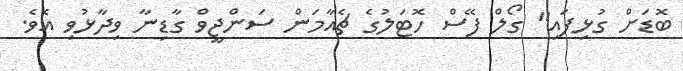
ބޮޑަށް ގުޅިފައި" ގޯލް ފޭސް ހޮޓަލުގެ ޗެއާމަން ސަންޖީވް ގާޑިނާ ވިދާޅުވި އެވެ.